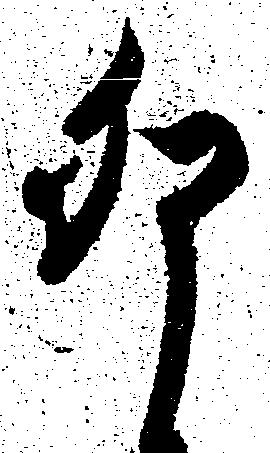
卯